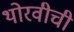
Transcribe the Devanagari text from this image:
थोरवीची